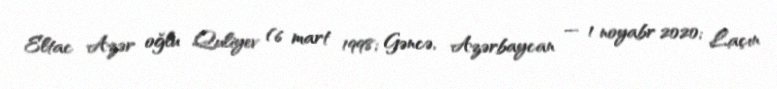
Eltac Azər oğlu Quliyev (6 mart 1998; Gəncə, Azərbaycan — 1 noyabr 2020; Laçın